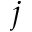
j